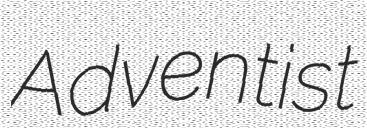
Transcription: Adventist